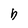
Character: b